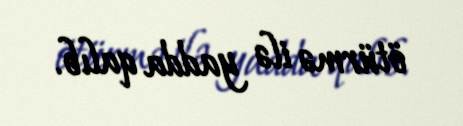
ötürmə ilə yadda qalıb.